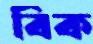
বিক